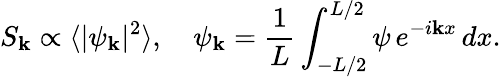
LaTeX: S_{\mathbf{k}}\propto\langle|\psi_{\mathbf{k}}|^{2}\rangle,\quad\psi_{\mathbf{k}}=\frac{{1}}{{L}}\int_{-L/2}^{L/2}\psi\, e^{-i\mathbf{k}x}\, dx.